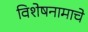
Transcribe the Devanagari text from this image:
विशेषनामाचे